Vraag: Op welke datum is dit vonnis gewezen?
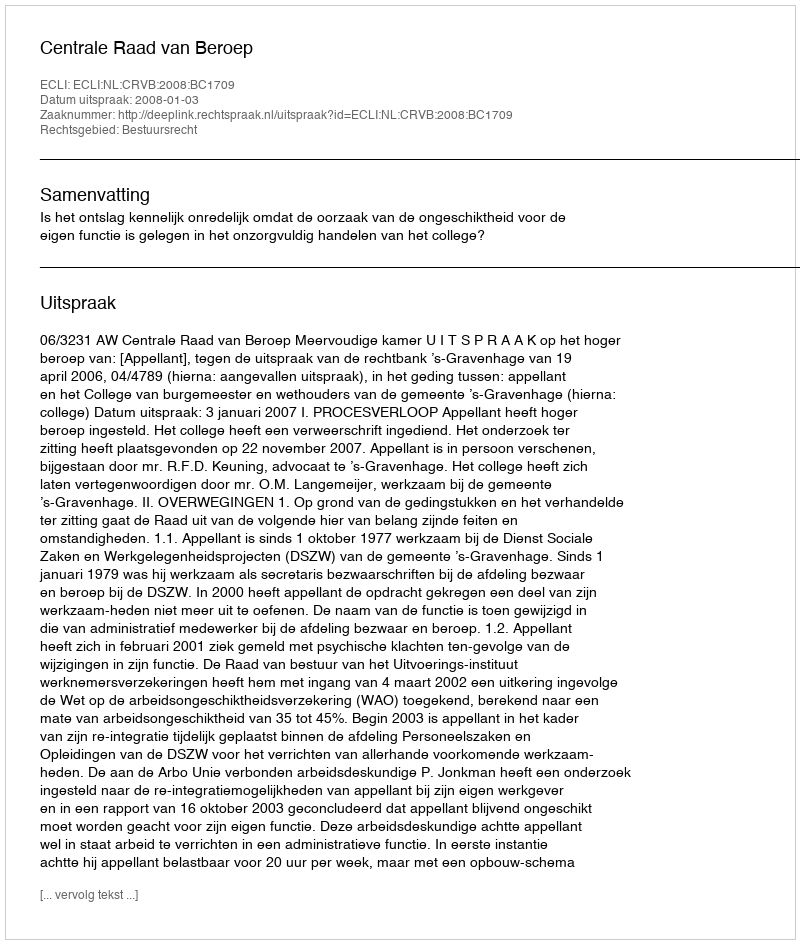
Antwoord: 2008-01-03